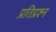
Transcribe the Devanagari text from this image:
प्रतिप्रश्न